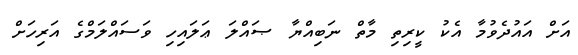
އަށް އައުދެވުމާ އެކު ކީރިތި މާތް ނަބިއްޔާ ޞައްލަ ޢަލައިހި ވަސައްލަމްގެ އަރިހަށް